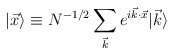
\begin{align*}|\vec{x} \rangle \equiv N^{-1/2} \sum_{\vec{k}} e^{i \vec{k} \cdot\vec{x}} |\vec{k} \rangle\end{align*}